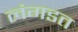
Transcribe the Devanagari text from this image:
लंगडत